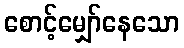
စောင့်မျှော်နေသော